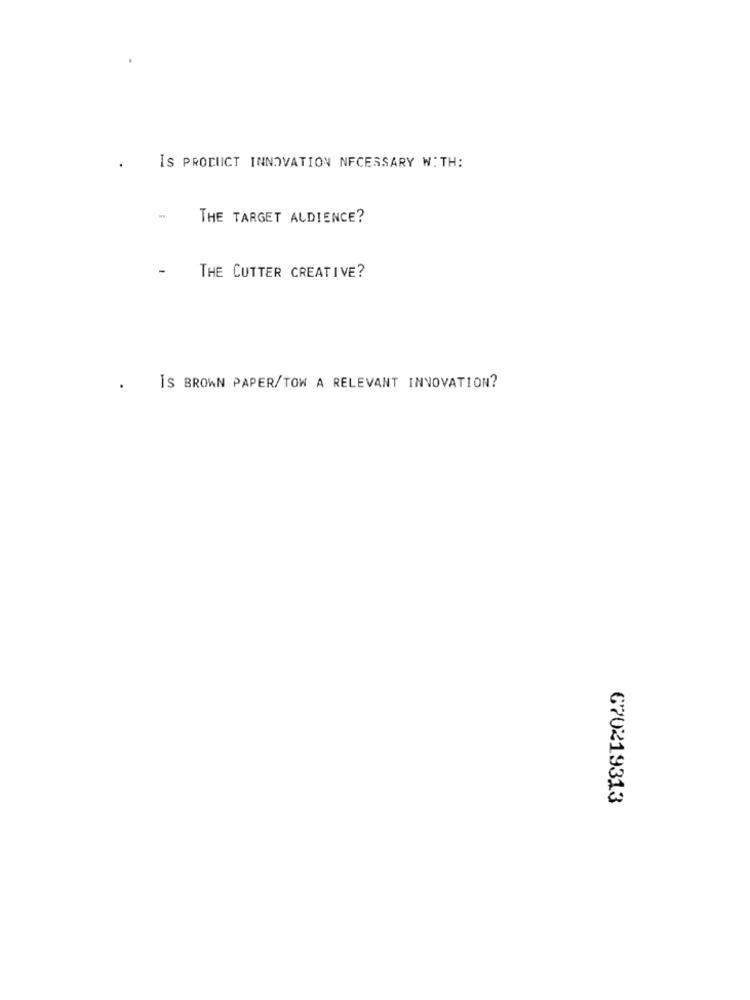
IS PRODUCT INNOVATION NECESSARY WITH:
THE TARGET AUDIENCE?
THE CUTTER CREATIVE?
IS BROWN PAPER/TOW A RELEVANT INNOVATION?
670219313